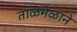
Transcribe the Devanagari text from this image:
ताळमेळाने